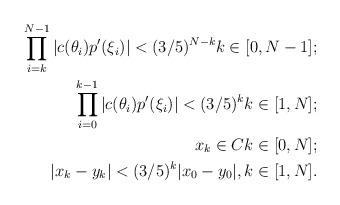
LaTeX: \begin{align*}\prod \limits^{N-1}_{i = k} |c(\theta_i)p'(\xi_i)| < (3/5)^{N - k} k \in [0, N - 1]; \\\prod \limits^{k-1}_{i = 0} |c(\theta_i)p'(\xi_i)| < (3/5)^{k} k \in [1, N]; \\x_k \in C k \in [0, N]; \\|x_k - y_k| < (3/5)^{k}|x_0 - y_0|, k \in [1, N].\end{align*}